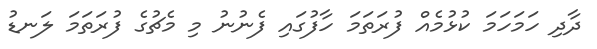
ދާދި ހަމަހަމަ ކުޅުމެއް ފުރަތަމަ ހާފުގައި ފެނުނު މި މެޗުގެ ފުރަތަމަ ލަނޑު